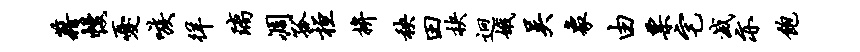
藉幔忧嗾徉璃凋孤桓拚秧田抉迥娥吴象由票宅灭亦饱